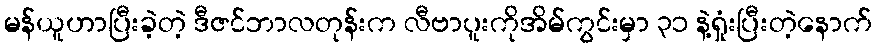
မန်ယူဟာပြီးခဲ့တဲ့ ဒီဇင်ဘာလတုန်းက လီဗာပူးကိုအိမ်ကွင်းမှာ ၃၁ နဲ့ရှုံးပြီးတဲ့နောက်